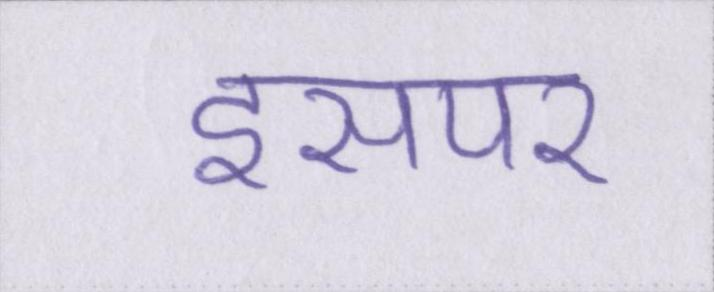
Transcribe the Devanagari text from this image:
इसपर